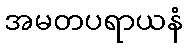
အမတပရာယနံ